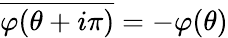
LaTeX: \overline{{{\varphi(\theta+i\pi)}}}=-\varphi(\theta)